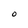
Character: O